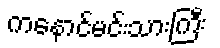
ကနောင်မင်းသားကြီး